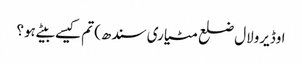
اوڈیرولال ضلع مٹیاری سندھ) تم کیسے بیٹے ہو؟